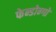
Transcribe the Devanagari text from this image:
फेन्डोन्गो